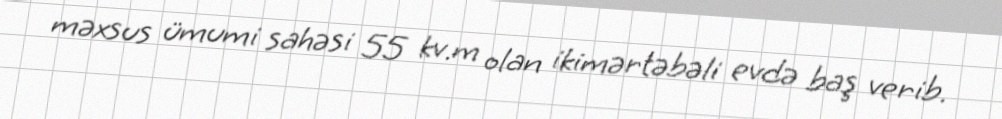
məxsus ümumi sahəsi 55 kv.m olan ikimərtəbəli evdə baş verib.